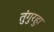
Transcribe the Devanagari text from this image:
तुंगुरहुा